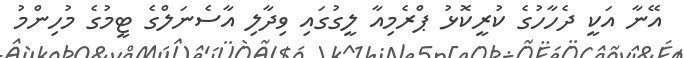
އޭނާ އަކީ ދެހާހުގެ ކުރީކޮޅު ޕްރެމިއާ ލީގުގައި ވިދާލި އާސެނަލްގެ ޓީމުގެ މުހިންމު